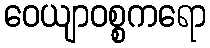
ဝေယျာဝစ္စကရော